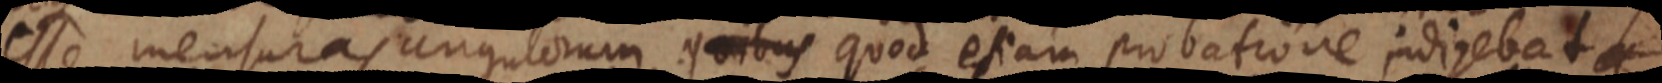
esse mensuras angulorum quibus quod etiam probatione indigebat